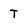
Character: t